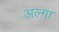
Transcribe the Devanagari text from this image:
अल्गा